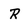
Character: R